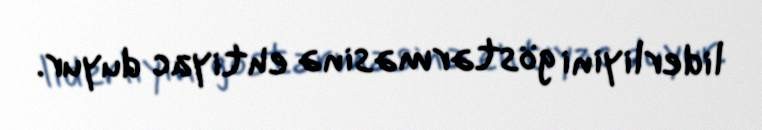
liderliyini göstərməsinə ehtiyac duyur.